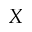
X